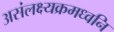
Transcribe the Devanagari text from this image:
असंलक्ष्यक्रमध्वनि